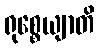
ရုစ္စေယျာတိ